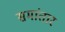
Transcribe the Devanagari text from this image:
समांतार